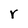
Character: r